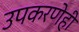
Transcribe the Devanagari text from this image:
उपकरणेही